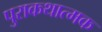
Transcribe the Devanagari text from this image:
पुराकथात्मक